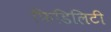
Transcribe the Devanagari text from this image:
फिडिलिटी